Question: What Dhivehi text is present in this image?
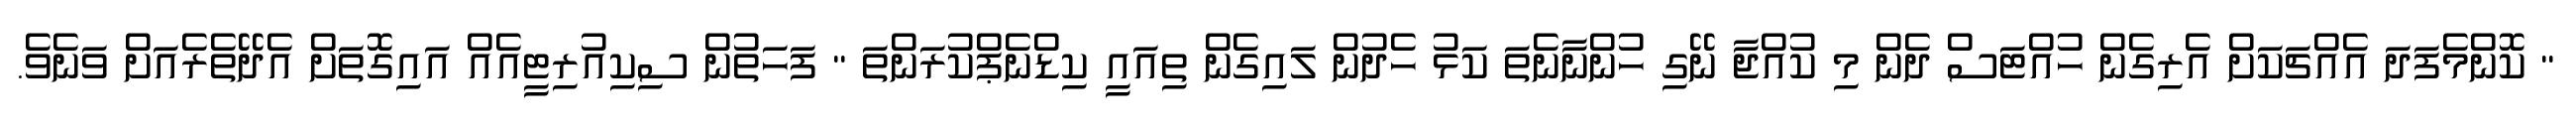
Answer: " ކޮންމެފަދަ އެއްޗަކަށް އެރިގެން ހުއްޓަސް ދެން މި ކުއްޖާ ނޭގި ހުންނާނެތަ ކަޅު ހެދުން ލައިގެން ތިއައީ ކިޑްނެޕްކުރަންތަ " ފަހަތުން ސިކިއުރިޓީއެއް އައިގޮތަށް އެދޭތެރެއަށް ވަނެވެ.